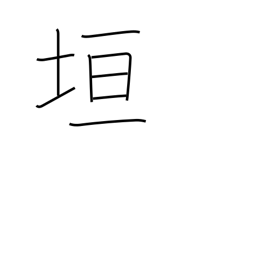
Meaning: wall